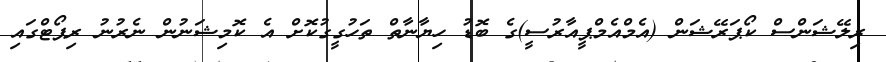
ރިލޭޝަންސް ކޯޕަރޭޝަން (އެމްއެމްޕީއާރުސީ)ގެ ބޮޑު ހިޔާނާތް ތަހުގީގުކޮށް އެ ކޮމިޝަނުން ނެރުނު ރިޕޯޓްގައި